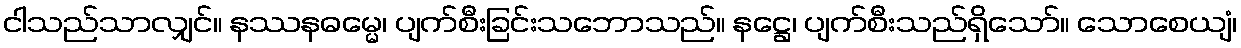
ငါသည်သာလျှင်။ နဿနဓမ္မေ၊ ပျက်စီးခြင်းသဘောသည်။ နဋ္ဌေ၊ ပျက်စီးသည်ရှိသော်။ သောစေယျံ၊